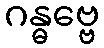
ဂန္ဓဗ္ဗေ